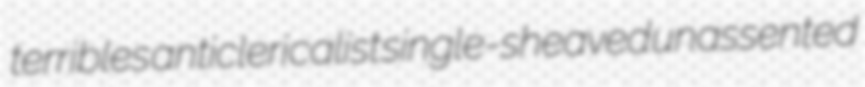
terribles anticlericalist single-sheaved unassented